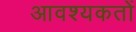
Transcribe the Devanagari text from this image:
आवश्यकतों